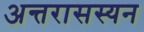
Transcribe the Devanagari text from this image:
अन्तरासस्यन